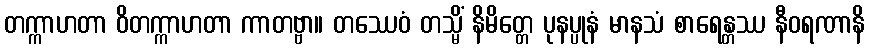
တက္ကာဟတာ ဝိတက္ကာဟတာ ကာတဗ္ဗာ။ တဿေဝံ တသ္မိံ နိမိတ္တေ ပုနပ္ပုနံ မာနသံ စာရေန္တဿ နီဝရဏာနိ